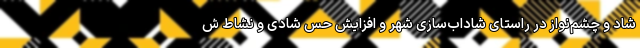
شاد و چشم‌نواز در راستای شاداب‌سازی شهر و افزایش حس شادی و نشاط ش